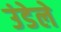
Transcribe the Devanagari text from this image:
उंडेले